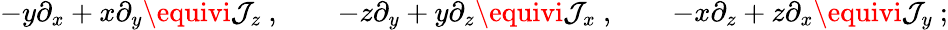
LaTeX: -y\partial_{x}+x\partial_{y}\equivi\mathcal{J}_{z}~,\qquad-z\partial_{y}+y\partial_{z}\equivi\mathcal{J}_{x}~,\qquad-x\partial_{z}+z\partial_{x}\equivi\mathcal{J}_{y}~;